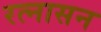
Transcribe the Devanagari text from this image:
रत्नासन